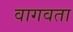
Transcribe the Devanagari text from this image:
वागवता